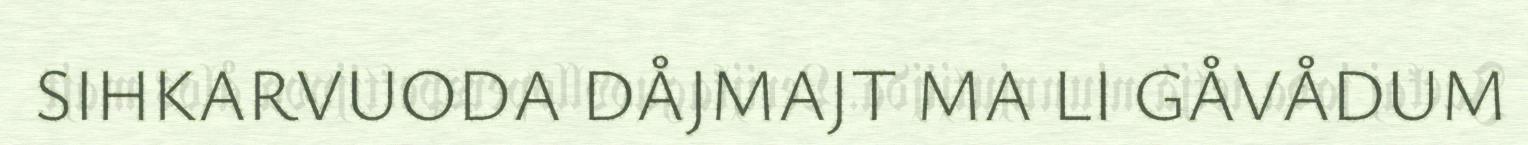
SIHKARVUODA DÅJMAJT MA LI GÅVÅDUM